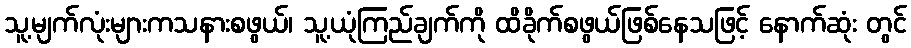
သူ့မျက်လုံးများကသနားစဖွယ်၊ သူ့ယုံကြည်ချက်ကို ထိခိုက်စဖွယ်ဖြစ်နေသဖြင့် နောက်ဆုံး တွင်